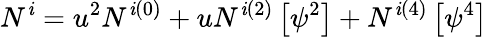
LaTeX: N^{\mathit{i}}=u^{2}N^{\mathit{i}(0)}+uN^{\mathit{i}(2)}\left[\psi^{2}\right]+N^{\mathit{i}(4)}\left[\psi^{4}\right]